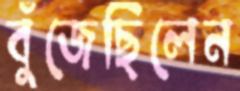
বুঁজেছিলেন